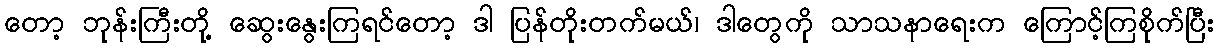
တော့ ဘုန်းကြီးတို့ ဆွေးနွေးကြရင်တော့ ဒါ ပြန်တိုးတက်မယ်၊ ဒါတွေကို သာသနာရေးက ကြောင့်ကြစိုက်ပြီး